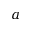
a